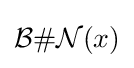
{\mathcal {B}}\#{\mathcal {N}}(x)